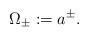
LaTeX: \begin{align*}\Omega_{\pm}:= a^{\pm}.\end{align*}